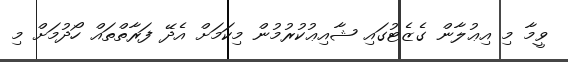
ވީމާ މި އިޢުލާން ގެޒެޓުގައި ޝާއިޢުކުރުމުން މިކަމަށް އެދޭ ފަރާތްތައް ހޯދުމަށް މި